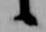
候